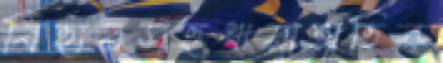
বিহারসহধারাঅতিক